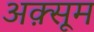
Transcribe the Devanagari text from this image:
अक़्सूम